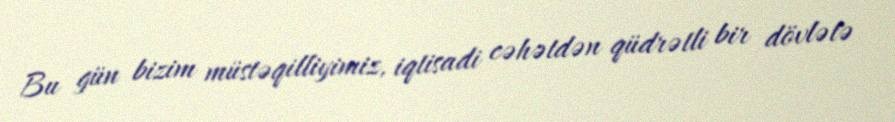
Bu gün bizim müstəqilliyimiz, iqtisadi cəhətdən qüdrətli bir dövlətə